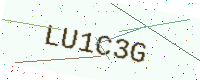
Text: LU1C3G